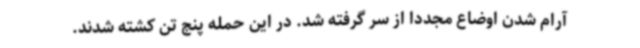
آرام شدن اوضاع مجددا از سر گرفته شد. در این حمله پنج تن کشته شدند.